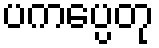
ပကပ္ပေတု